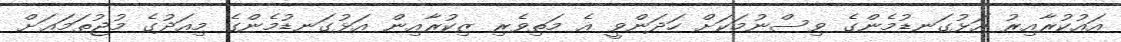
އައުކުރާއިރު އަޅުގަނޑުމެންގެ ވިސްނުމަކަށް ހަދަންވީ އެ މަތިވެރި ޒިކުރާއިން އަޅުގަނޑުމެންގެ މިއަދުގެ މުޖުތަމަޢަށް